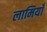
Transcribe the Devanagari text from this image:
लामियाँ